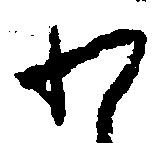
わ